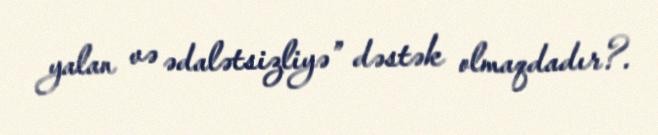
yalan və ədalətsizliyə” dəstək olmaqdadır?.